Uue-Poltsamaa_vallakohus, lk 75
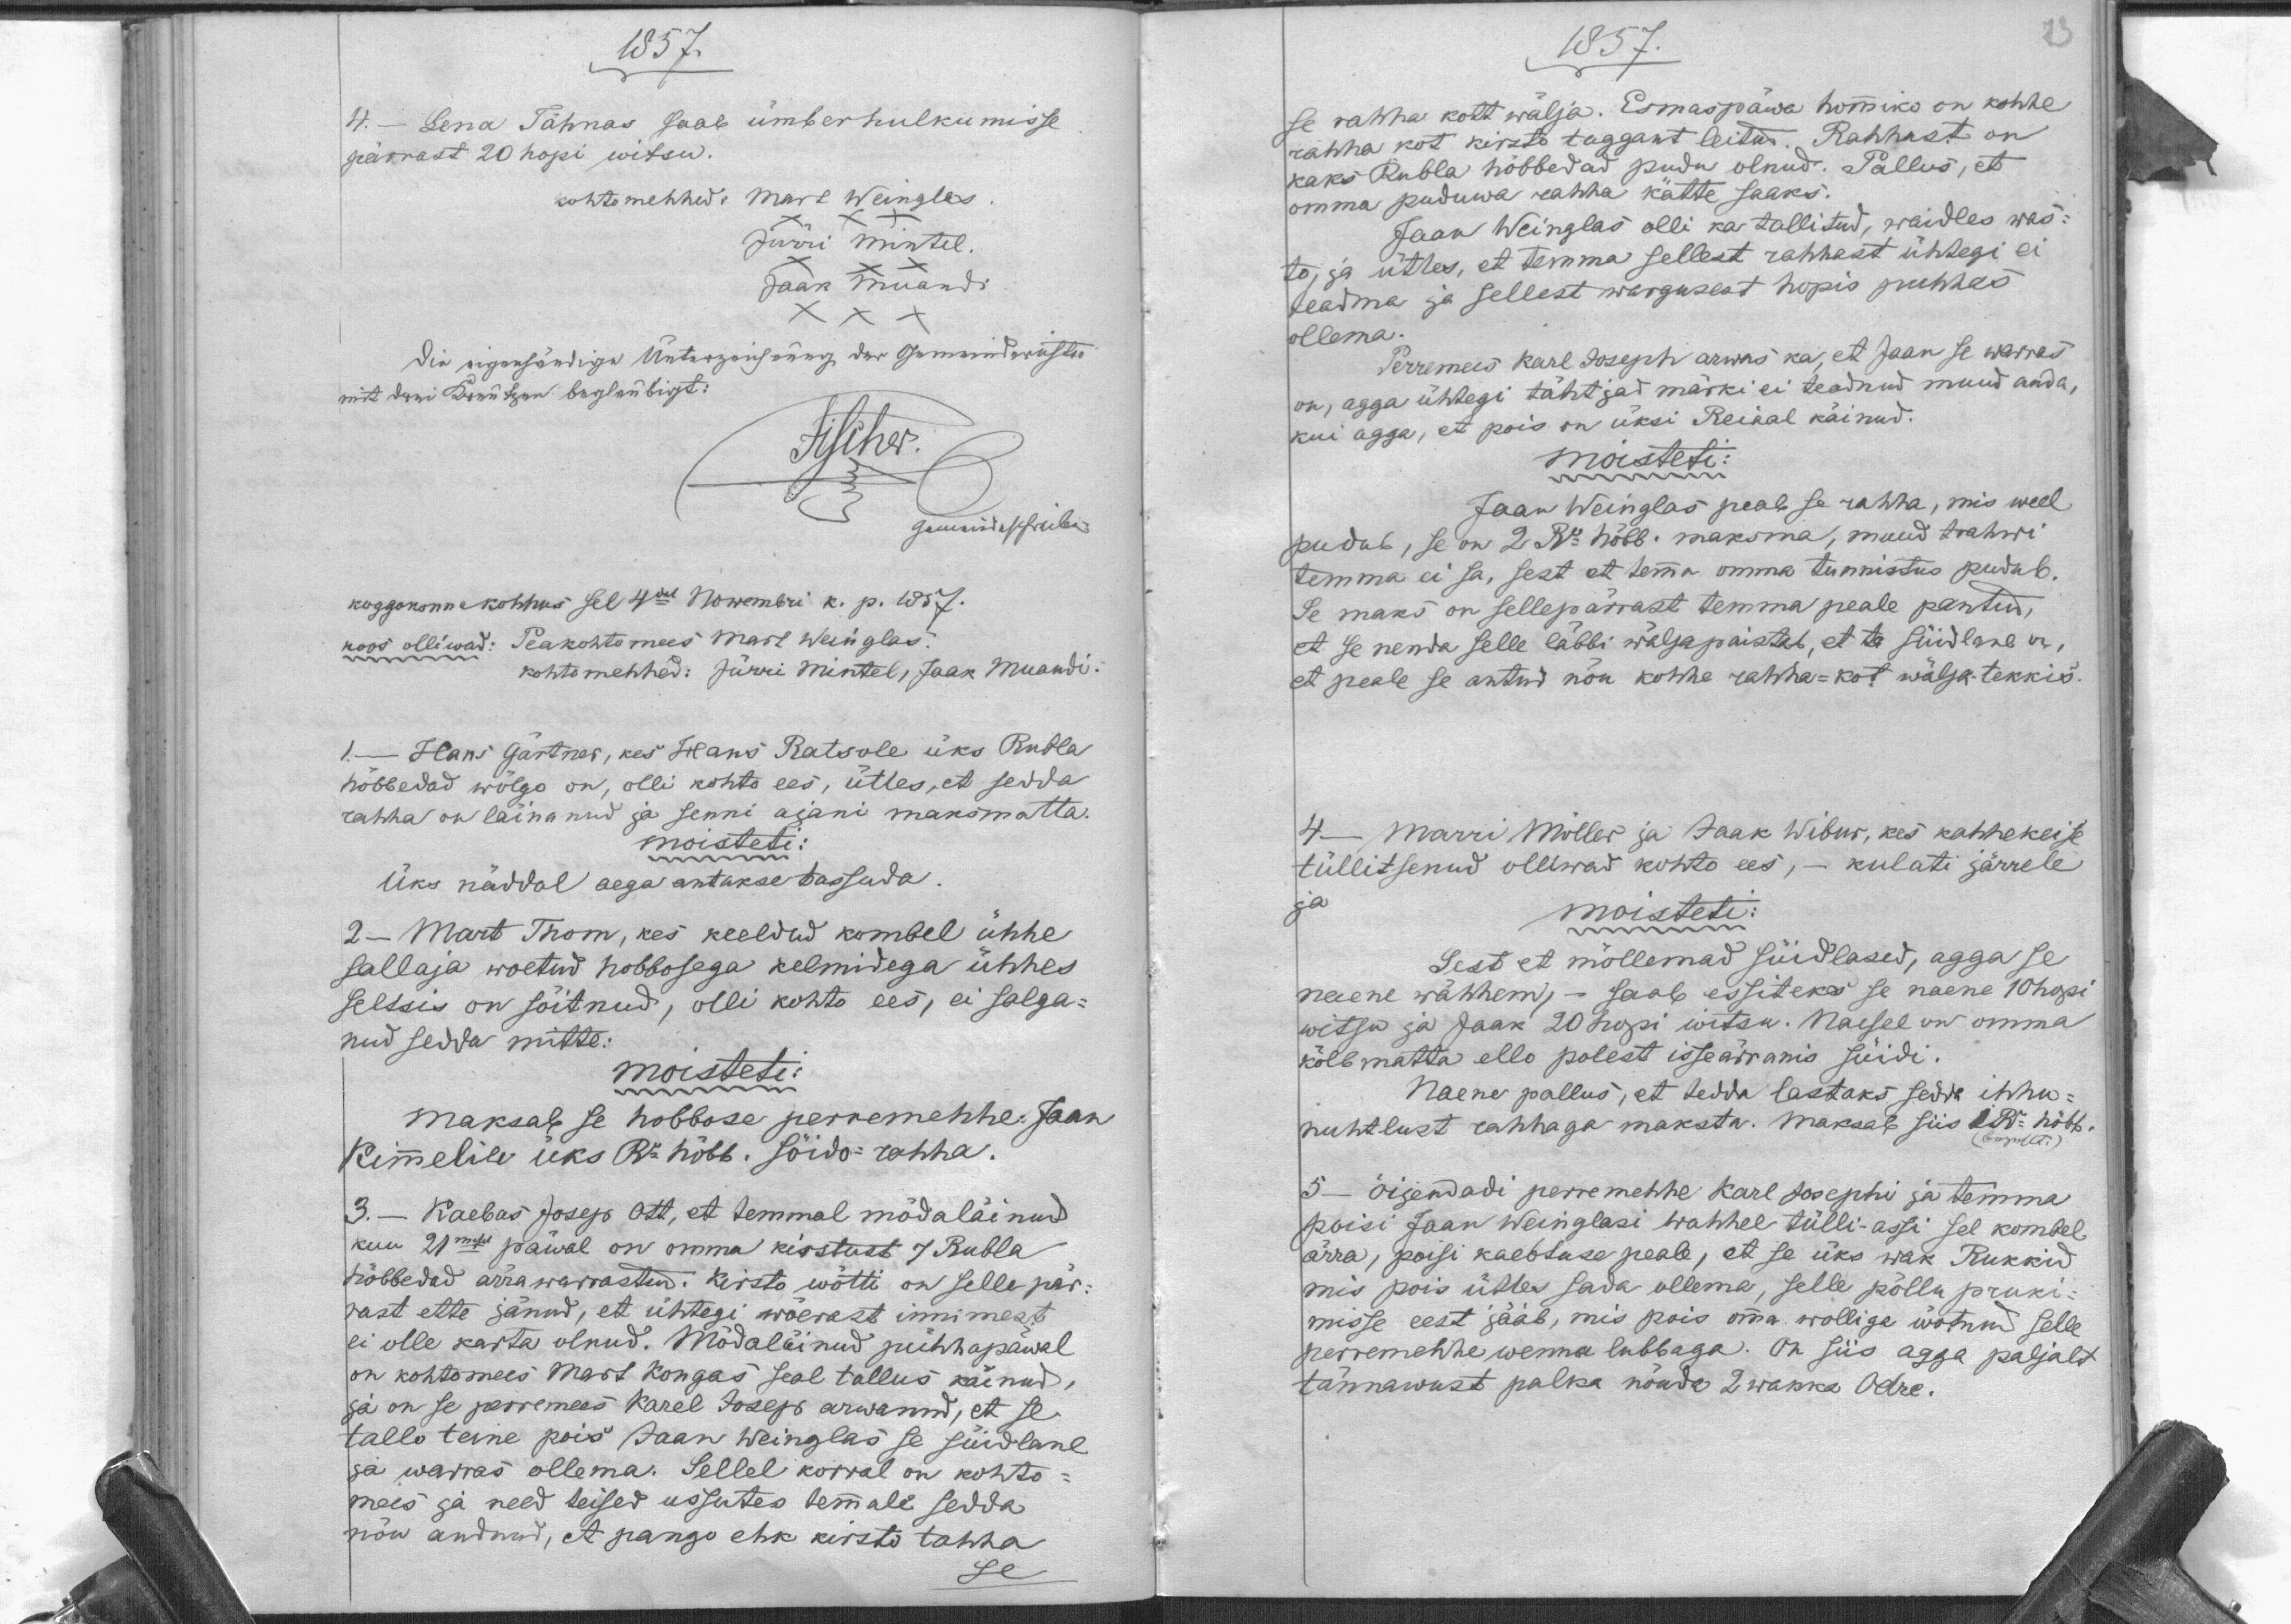
1857.
4. - Lena Tähnas saab ümberhulkumisse
pärrast 20 hopi witsu.
Mart Weinglas.
Kohtomehhed:
Jürri Mintel
Jaan Muandi
XX
koggokonnakohhus sel 4dal Nowembri k. p. 1857.
koos olliwad: Peakohtomees Mart Weinglas.
kohtomehhed: Jürri Mintel, Jaak Muandi
1 - Hans Gartner, kes Hans Ratsole üks Rubla
hõbbedad wõlgo on, olli kohto ees, ütles, et sedda
rahha on lainanud ja senni ajani maksmatta.
moisteti:
üks näddal aega antakse tassuda.
2 - Mart Thom, kes keeldud kombel ühhe
sallaja wõetud hobbosega kelmidega ühhes
seltsis on sõitnud, olli kohto ees, ei salga-
nud sedda mitte.
moisteti:
maksab se hobbose perremehhe Jaan
Kimmelile üks Ru hõbb. sõido-rahha.
3. - Kaebas Josep Ott, et temmal mödaläinud
kuu 21mesel päwal on omma kirstust 7 Rubla
hõbbedad ärrawarrastud: kirsto wõtti on selle pär-
rast ette jänud, et ühtegi wõerast innimest
ei olle karta olnud. Mödaläinud pühhapäwal
on kohtomees Mart Kongas seal tallus käinud,
ja on se perremees Karel Josep arwanud, et se
tallo teine pois Jaan Weinglas se süidlane
ja warras ollema. Sellel korral on kohto-
mees ja need teised ussutes temmale sedda
nõu andnud, et pango ehk kirsto tahha
se

1857.
se rahha kott wälja. Esmaspäwa hommiko on kohhe
rahha kot kirsto taggant leitud. Rahhast on
kaks Rubla hõbbedad pudu olnud. Pallus, et
omma puduwa rahha kätte saaks.
Jaan Weinglas olli ka tallitud, waidles was-
tu, ja ütles, et temma sellest rahhaat ühtegi ei
teadma ja sellest wargusest hopis puhhas
ollema.
Perremees Karl Joseph arwas ka, et Jaan se warras
on, agga ühtegi tähtjad märki ei teadnud muud anda,
kui agga, et pois on üksi Reinal käinud.
moisteti:
Jaan Weinglas peab se rahha, mis weel
pudub, se on 2 Ru hõbb. maksma, muud trahwi
temma ei sa, sest et temma omma tunnistus pudub.
Se maks on sellepärrast temma peale pantud,
et se nenda selle läbbi wäljapaistab, et ta süidlane on,
et peale se antud nõu kohhe rahha-kot wälja tekkis.
4 - Marri Müller ja Jaak Wibur, kes kahhekesse
tüllitsenud olliwad kohto ees, - kulati järrele
ja
moisteti:
Sest et mõllemad süidlased, agga se
naene wähhem, - saab essiteks se naene 10 hopi
witsa ja Jaak 20 hopi witsa. Naesel on omma
kõlbmatta ello polest isseärranis süidi.
Naene pallus, et tedda lastaks sedda ihhu-
nuhtlust rahhaga maksta. maksab siis 1 Ru. hõbb.
(bezahlt)
5 - õijendadi perremehhe Karl Josephi ja temma
poisi Jaan Weinglasi wahhel tülli-assi sel kombel
ärra, poisi kaebluse peale, et se üks wak Rukkid
mis pois ütles sada ollema, selle põllu pruki-
misse eest jääb, mis pois omma wolliga wõtnud selle
perremehhe wenna lubbaga. On siis agga paljalt
tännawust palka nõuda 2 wakka Odre.